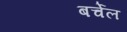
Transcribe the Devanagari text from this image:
बर्चेल